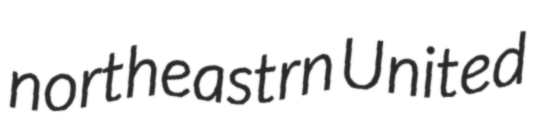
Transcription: northeastrn United